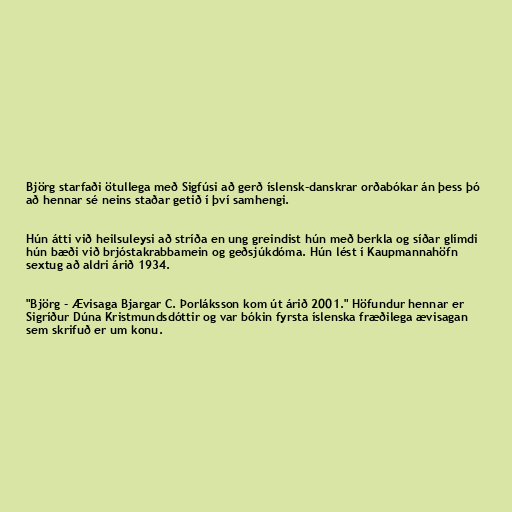
Björg starfaði ötullega með Sigfúsi að gerð íslensk-danskrar orðabókar án þess þó
að hennar sé neins staðar getið í því samhengi.

Hún átti við heilsuleysi að stríða en ung greindist hún með berkla og síðar glímdi
hún bæði við brjóstakrabbamein og geðsjúkdóma. Hún lést í Kaupmannahöfn
sextug að aldri árið 1934.

"Björg - Ævisaga Bjargar C. Þorláksson kom út árið 2001." Höfundur hennar er
Sigríður Dúna Kristmundsdóttir og var bókin fyrsta íslenska fræðilega ævisagan
sem skrifuð er um konu.